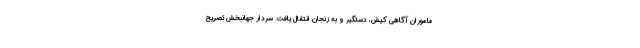
ماموران آگاهی کیش، دستگیر و به زنجان انتقال یافت. سردار جهانبخش تصریح